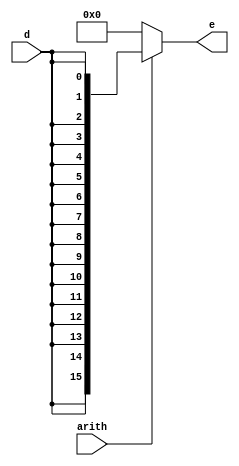
module ANDE(d,arith,e);
	input d;
	input arith;
	output [15:0]e;
	wire [15:0]temp;
	assign temp = {16{d}}; 	
	assign e = arith? temp : 16'b00;
endmodule